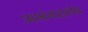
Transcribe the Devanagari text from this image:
अभंगश्लेष